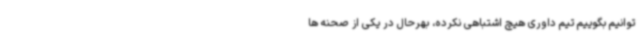
توانیم بگوییم تیم داوری هیچ اشتباهی نکرده، بهرحال در یکی از صحنه ها